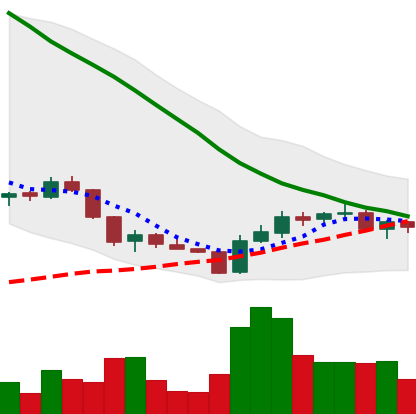
Ticker: ADA-USD
Chart end date: 2018-06-06
Forward return: -15.965%
Label: down_7plus